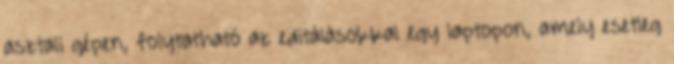
asztali gépen, folytatható az editálásokkal egy laptopon, amely esetleg